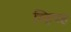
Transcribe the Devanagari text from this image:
व्हिच्ह